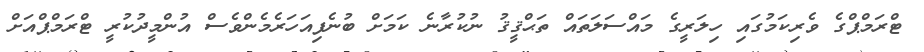
ޓްރަމްޕްގެ ވެރިކަމުގައި ހިލަރީގެ މައްސަލަތައް ތަޙްޤީޤު ނުކުރާނެ ކަމަށް ބުނެފިއަހަރެމެންވެސް އުންމީދުކުރީ ޓްރަމްޕްއަށް